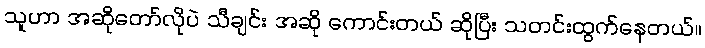
သူဟာ အဆိုတော်လိုပဲ သီချင်း အဆို ကောင်းတယ် ဆိုပြီး သတင်းထွက်နေတယ်။